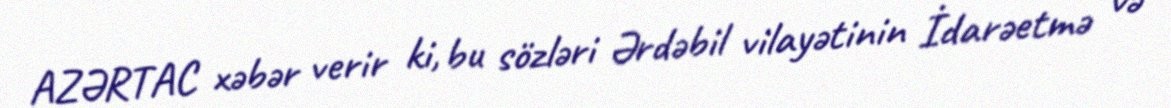
AZƏRTAC xəbər verir ki, bu sözləri Ərdəbil vilayətinin İdarəetmə və